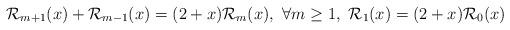
LaTeX: \begin{align*}{\cal{R}}_{m+1}(x)+{\cal{R}}_{m-1}(x)=(2+x){\cal{R}}_{m}(x),\ \forall m\ge1,\ {\cal{R}}_1(x)=(2+x){\cal{R}}_0(x) \end{align*}